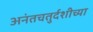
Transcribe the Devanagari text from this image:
अनंतचतुर्दशीच्या